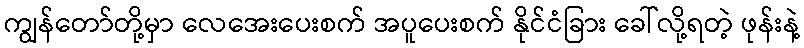
ကျွန်တော်တို့မှာ လေအေးပေးစက် အပူပေးစက် နိုင်ငံခြား ခေါ်လို့ရတဲ့ ဖုန်းနဲ့